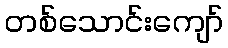
တစ်သောင်းကျော်